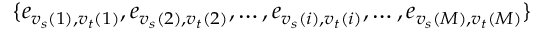
\{ e _ { { v _ { s } } ( 1 ) , { v _ { t } } ( 1 ) } , e _ { { v _ { s } } ( 2 ) , { v _ { t } } ( 2 ) } , \ldots , e _ { { v _ { s } } ( i ) , { v _ { t } } ( i ) } , \ldots , e _ { { v _ { s } } ( M ) , { v _ { t } } ( M ) } \}